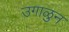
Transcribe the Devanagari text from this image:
उगाळुन